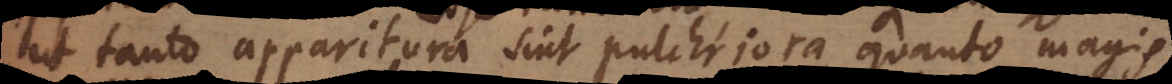
tanto apparitura sint pulchriora, quanto magis